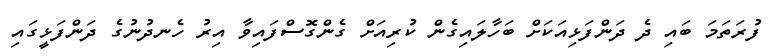
ފުރަތަމަ ބައި ދެ ދަންފަޅިއަކަށް ބަހާލައިގެން ކުރިއަށް ގެންގޮސްފައިވާ އިރު ހެނދުނުގެ ދަންފަޅީގައި